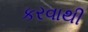
કરવાથી